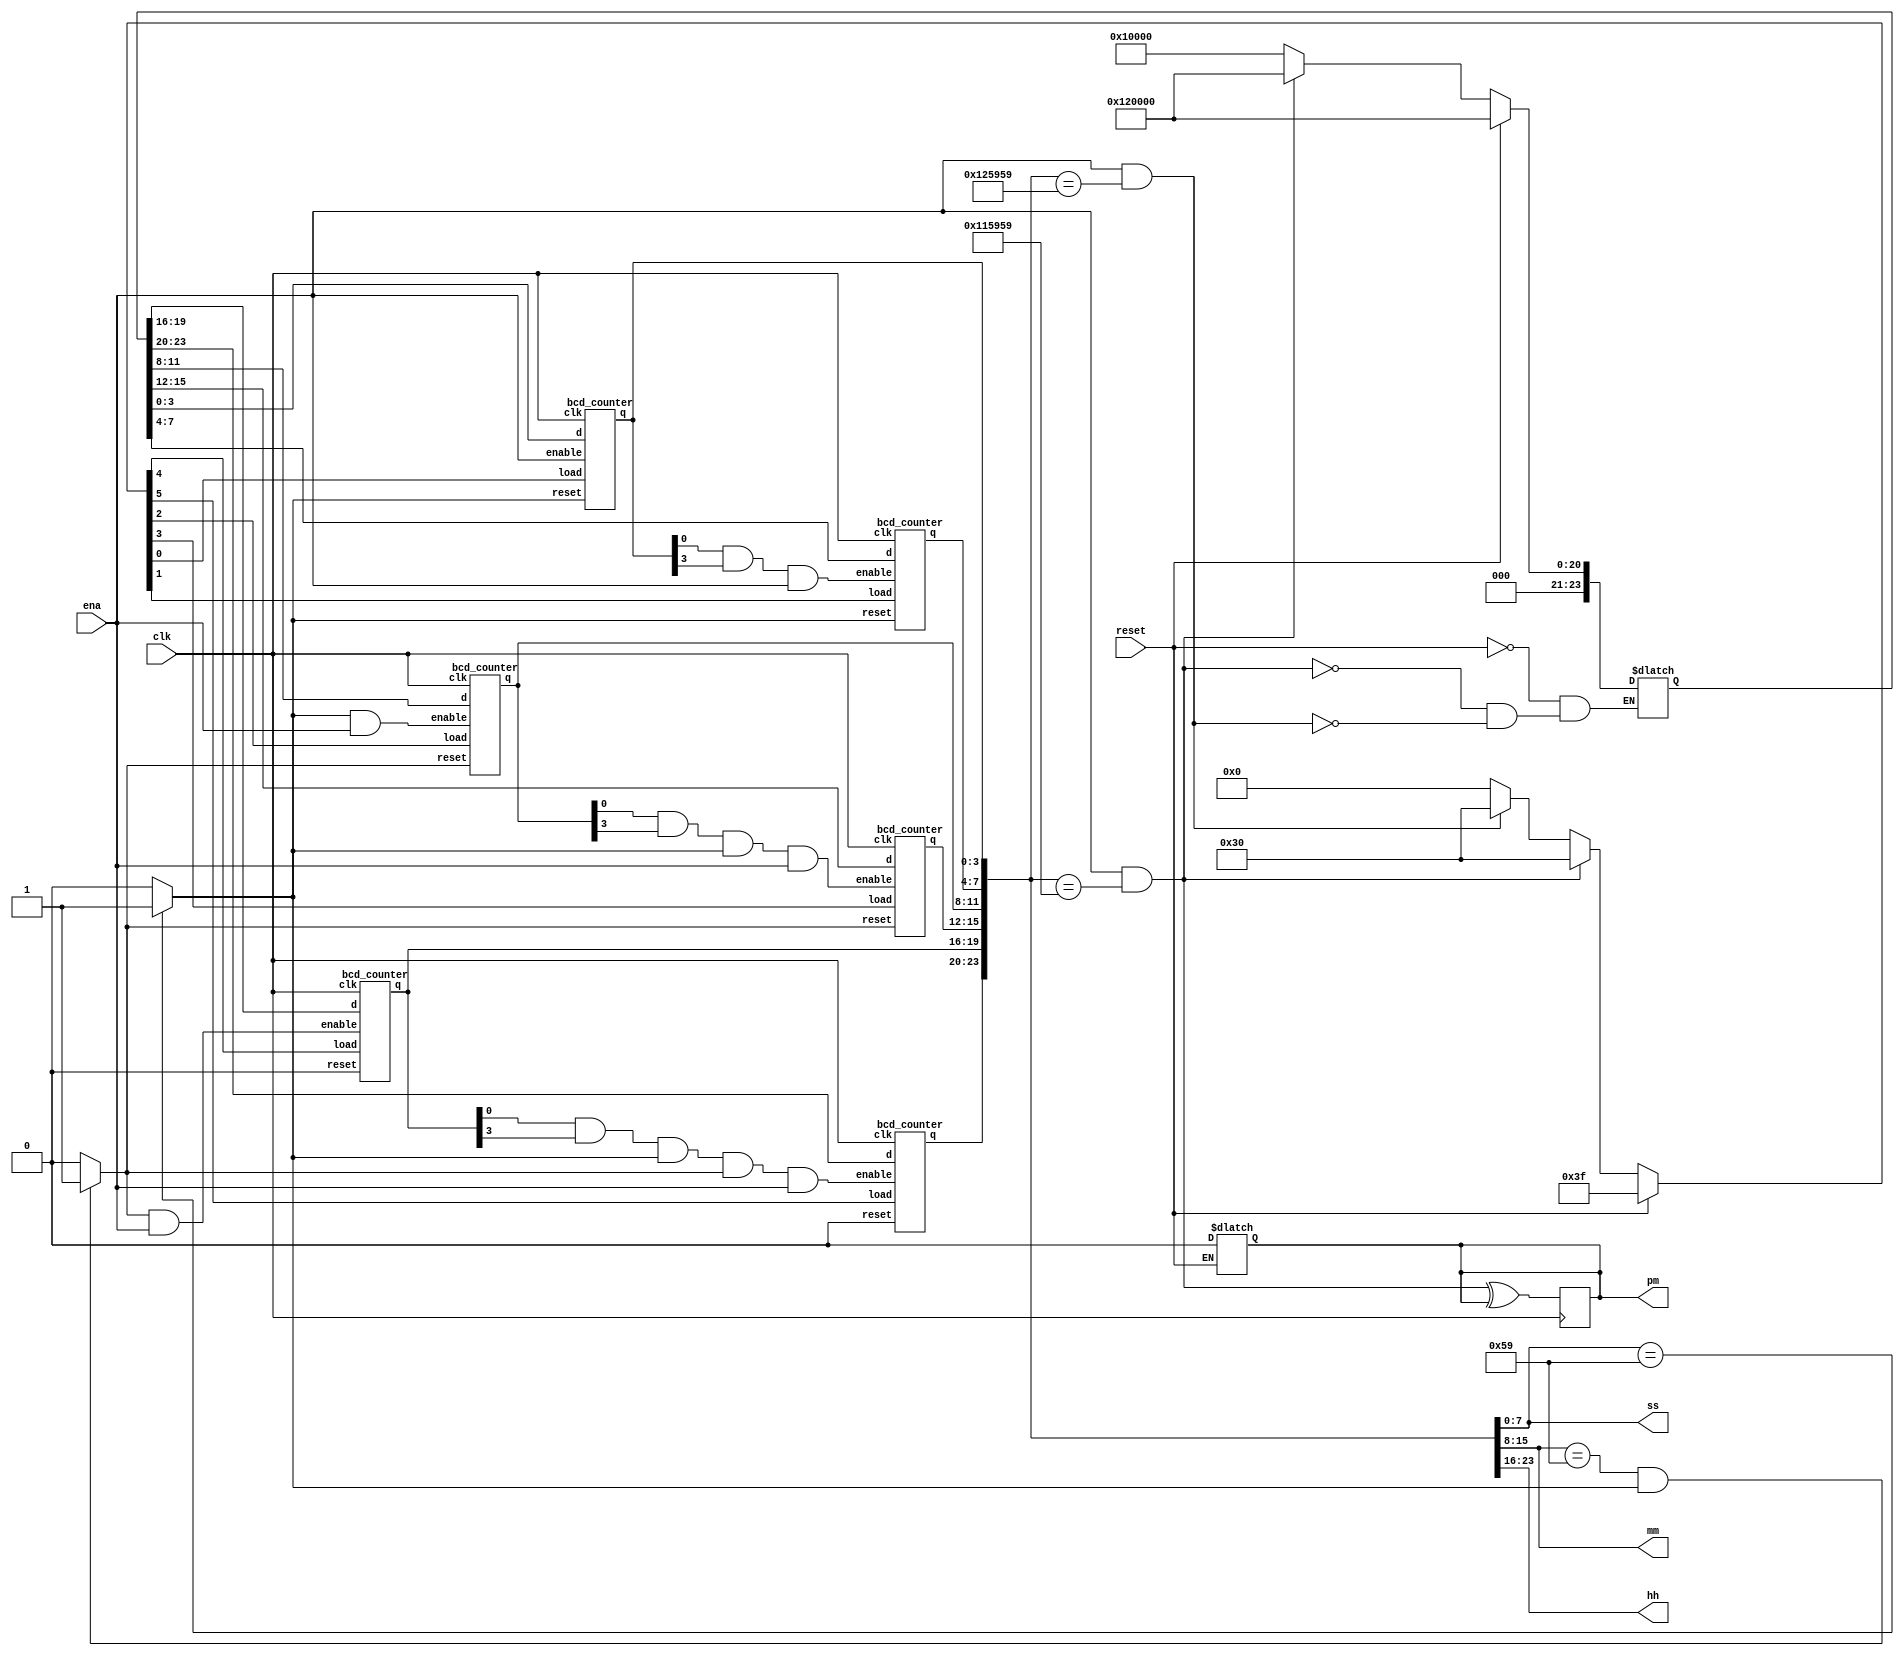

module top_module_clk(
    input clk,
    input reset,
    input ena,
    output reg pm,
    output reg  [7:0] hh,
    output reg [7:0] mm,
    output  reg [7:0] ss); 


wire ena_ss,ena_mm,ena_hh,resetss,resetmm;   //resethh;
    wire  [7:0] hhh,mmm,sss;
    reg [5:0] load;
    reg [23:0] d;
    
    always @(*) begin         //posedge clk will not cme in senstivity list 
         ss<=sss;
         mm<=mmm;
         hh<=hhh;
        if(reset) begin
             pm<=0;
            load<=6'b111111;
            d<=24'h120000;
              
        end
        else if(ena & ({hh,mm,ss}=={8'h11,8'h59,8'h59}))begin
            load<=6'b110000;
            d<=24'h120000;     
        end
        else if(ena & ({hh,mm,ss}=={8'h12,8'h59,8'h59}))begin
          //  pm<=~pm;                  //causing infinte time
            load<=6'b110000;
            d<=24'h010000;     
        end
        else begin
            load<=0;
        end
    end
    
    always @(posedge clk) begin 
        pm <= (ena & ({hh,mm,ss}=={8'h11,8'h59,8'h59}))^pm;
    end


    
    assign ena_ss = sss[0] & sss[3] ;
    assign resetss = (sss==8'h59)?1'b1:1'b0; 
    bcd_counter ss0 (clk,resetss,load[0],d[3:0],ena,sss[3:0]);
    bcd_counter ss1 (clk,resetss,load[1],d[7:4],(ena_ss & ena),sss[7:4]);
    
    assign ena_mm = mmm[0] & mmm[3] & resetss;
    assign  resetmm = ((mmm==8'h59) & resetss)?1'b1:1'b0;
    bcd_counter mm0 (clk,resetmm,load[2],d[11:8],(resetss & ena),mmm[3:0]);
    bcd_counter mm1 (clk,resetmm,load[3],d[15:12],(ena_mm & ena),mmm[7:4]);
    
    assign ena_hh = hhh[0] & hhh[3] & resetss & resetmm;
  //    assign resethh = (hhh==8'h12) ?1'b1:1'b0;
    bcd_counter hh0 (clk,resethh,load[4],d[19:16],(resetmm & ena),hhh[3:0]);
    bcd_counter hh1 (clk,resethh,load[5],d[23:20],(ena_hh & ena),hhh[7:4]);
    
    
endmodule

module bcd_counter(
input clk,
input reset,
input load,
input [3:0] d,
input enable,
output reg [3:0] q);
    always @(posedge clk) begin
        if(reset | (q==9 & enable))
            q<=0;
        else if(load)
            q<=d;
        else if(enable)
            q<=q+1;  
    end
endmodule